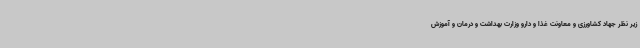
زیر نظر جهاد کشاورزی و معاونت غذا و دارو وزارت بهداشت و درمان و آموزش